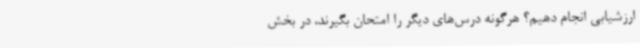
ارزشیابی انجام دهیم؟ هرگونه درس‌های دیگر را امتحان بگیرند، در بخش